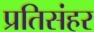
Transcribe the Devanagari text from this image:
प्रतिसंहर